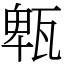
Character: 㼰